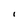
Character: I